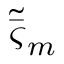
\tilde { \bar { \varsigma } } _ { m }